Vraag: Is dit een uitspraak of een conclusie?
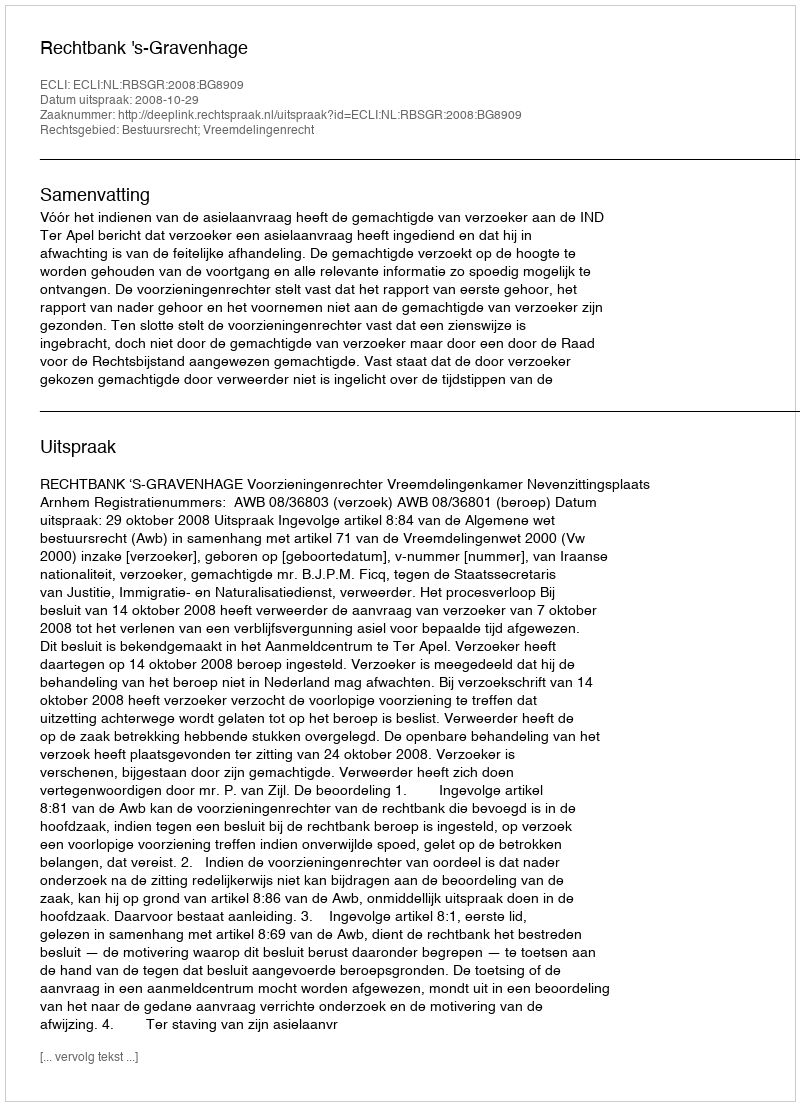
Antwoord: Uitspraak